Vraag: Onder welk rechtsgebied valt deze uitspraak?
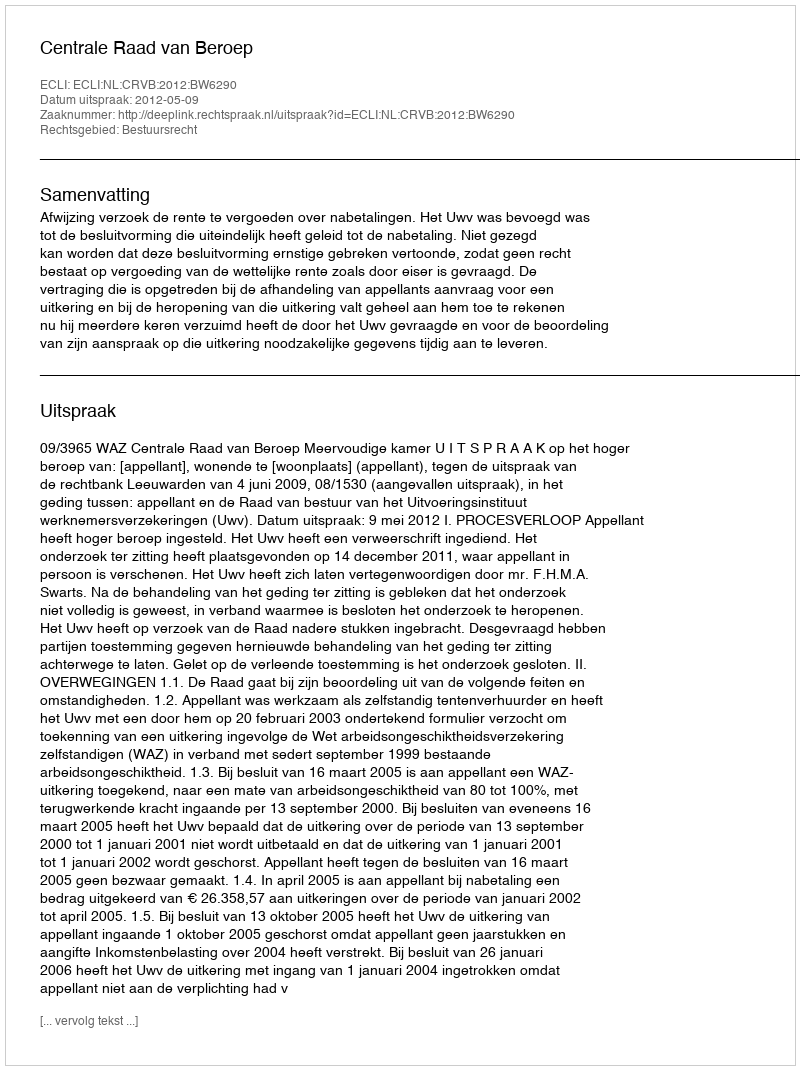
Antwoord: Bestuursrecht